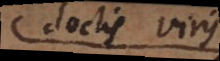
doctis viris